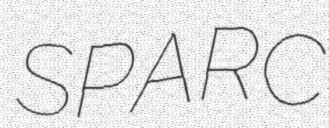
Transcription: SPARC